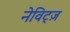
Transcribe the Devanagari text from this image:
नेविट्ज़